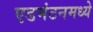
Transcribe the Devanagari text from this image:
एडमंटनमध्ये